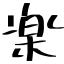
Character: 楽